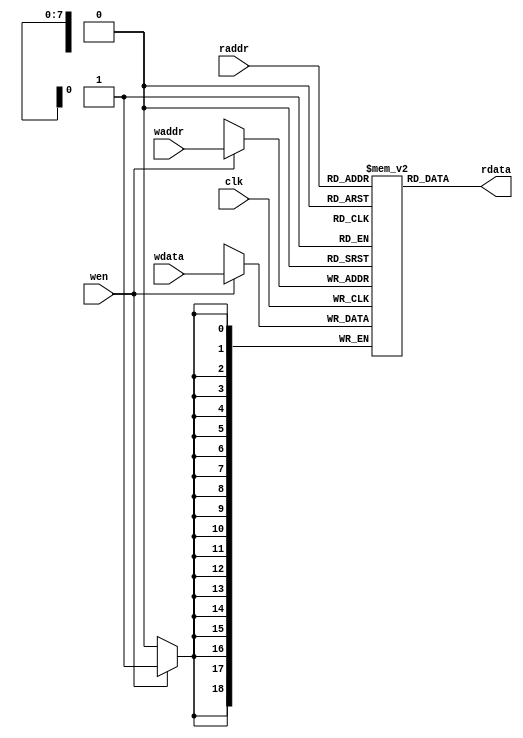
`timescale 10 ns / 1 ns

`define TARRAY_DATA_WIDTH 19
`define TARRAY_ADDR_WIDTH 8
`define TARRAY_SET 256
//setTARRAT_SET TARRT_ADDR_WIDTH
module tag_array(
	input                             clk,
	input  [`TARRAY_ADDR_WIDTH - 1:0] waddr,
	input  [`TARRAY_ADDR_WIDTH - 1:0] raddr,
	input                             wen,
	input  [`TARRAY_DATA_WIDTH - 1:0] wdata,
	output [`TARRAY_DATA_WIDTH - 1:0] rdata
);

	reg [`TARRAY_DATA_WIDTH-1:0] array[ `TARRAY_SET - 1 : 0];
	
	always @(posedge clk)
	begin
		if(wen)
			array[waddr] <= wdata;
	end 

assign rdata = array[raddr];

endmodule